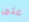
على